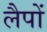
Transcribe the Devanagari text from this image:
लैपों